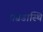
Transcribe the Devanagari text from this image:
प्रग्रडास्थि